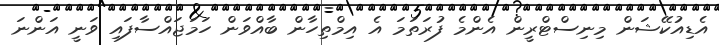
އެޑިއުކޭޝަން މިނިސްޓްރީން އެންމެ ފުރަތަމަ އެ އިމްތިހާން ބާއްވަން ހަމަޖައްސާފައި ވަނީ އަންނަ